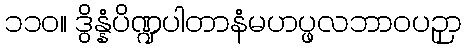
၁၁၀။ ဒွိန္နံပိဏ္ဍပါတာနံမဟပ္ဖလဘာဝပဉှာ